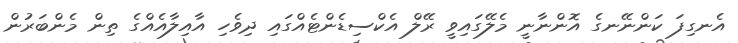
އެނގިފަ ކަންނޭނގެ އޮންނާނީ މެލޭގައިވީ ރޭލް އެކްސިޑެންޓެއްގައި ދިވެހި އާއިލާއެއްގެ ތިން މެންބަރުން